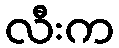
လီးက